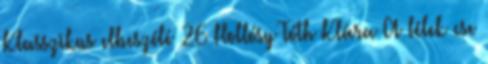
Klasszikus elbeszélé 26 Hollósy Tóth Klára A lélek cse